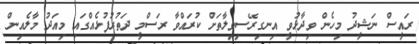
ރައީސް ނަޝީދު މިހެން ވިދާޅުވީ އިނގިރޭސިވިލާތަށް ކުރައްވާ ރަސްމީ ދަތުރުފުޅެއްގައި މިއަދު މާލެއިން